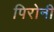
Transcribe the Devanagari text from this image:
पिरोनी